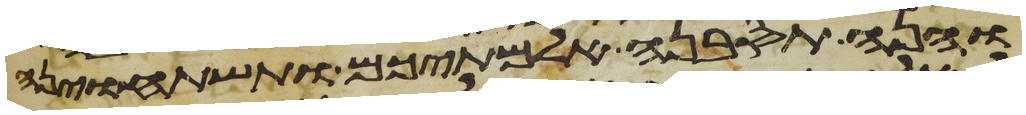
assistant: והנה תסבנה אלמתיכם ותשתחוינה